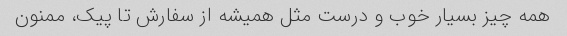
همه چیز بسیار خوب و درست مثل همیشه از سفارش تا پیک، ممنون